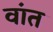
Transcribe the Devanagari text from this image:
वांत